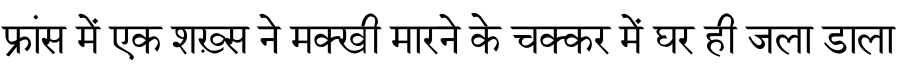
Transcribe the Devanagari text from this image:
फ्रांस में एक शख़्स ने मक्खी मारने के चक्कर में घर ही जला डाला